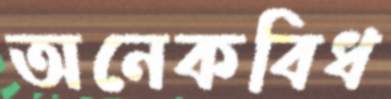
অনেকবিধ